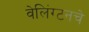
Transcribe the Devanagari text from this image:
वेलिंग्टनचे